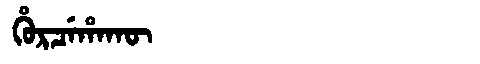
Manchu: ᡥᡠᡵᠴᡝᡥᠠᡴᡡ
Romanization: HURCEHAKŪ